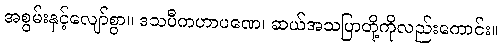
အစွမ်းနှင့်လျော်စွာ။ ဒသပီကဟာပဏေ၊ ဆယ်အသပြာတို့ကိုလည်းကောင်း။